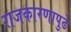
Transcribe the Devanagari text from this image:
राजकारणापुढे